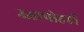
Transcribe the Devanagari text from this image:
ऊहापोहही